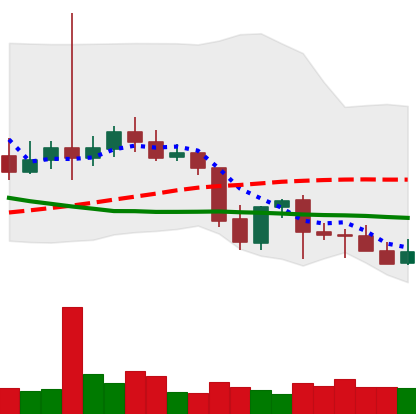
Ticker: LTC-USD
Chart end date: 2021-09-29
Forward return: 15.61%
Label: up_7plus